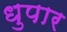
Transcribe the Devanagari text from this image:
धुपार